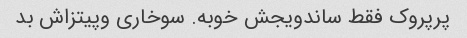
پرپروک فقط ساندویجش خوبه. سوخاری وپیتزاش بد